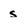
Character: s